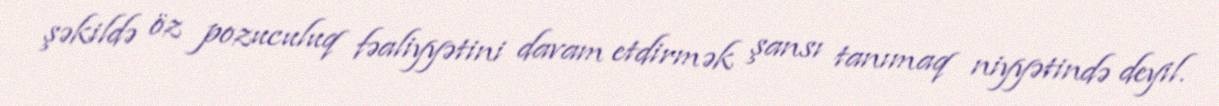
şəkildə öz pozuculuq fəaliyyətini davam etdirmək şansı tanımaq niyyətində deyil.